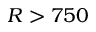
R > 7 5 0